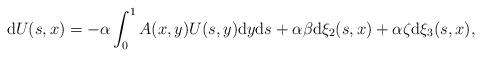
LaTeX: \begin{align*} \mathrm{d} U(s,x)=-\alpha\int_0^1 A(x,y)U(s,y)\mathrm{d}y \mathrm{d}s+\alpha \beta \mathrm{d}\xi_2(s,x)+ \alpha \zeta \mathrm{d}\xi_3(s,x), \end{align*}